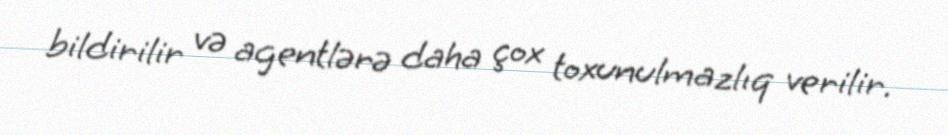
bildirilir və agentlərə daha çox toxunulmazlıq verilir.